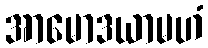
အာမောဒယာမဟံ